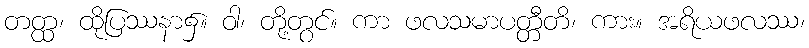
တတ္ထ၊ ထိုပြဿနာ၌။ ဝါ၊ တို့တွင်။ ကာ ဖလသမာပတ္တီတိ၊ ကား။ အရိယဖလဿ၊